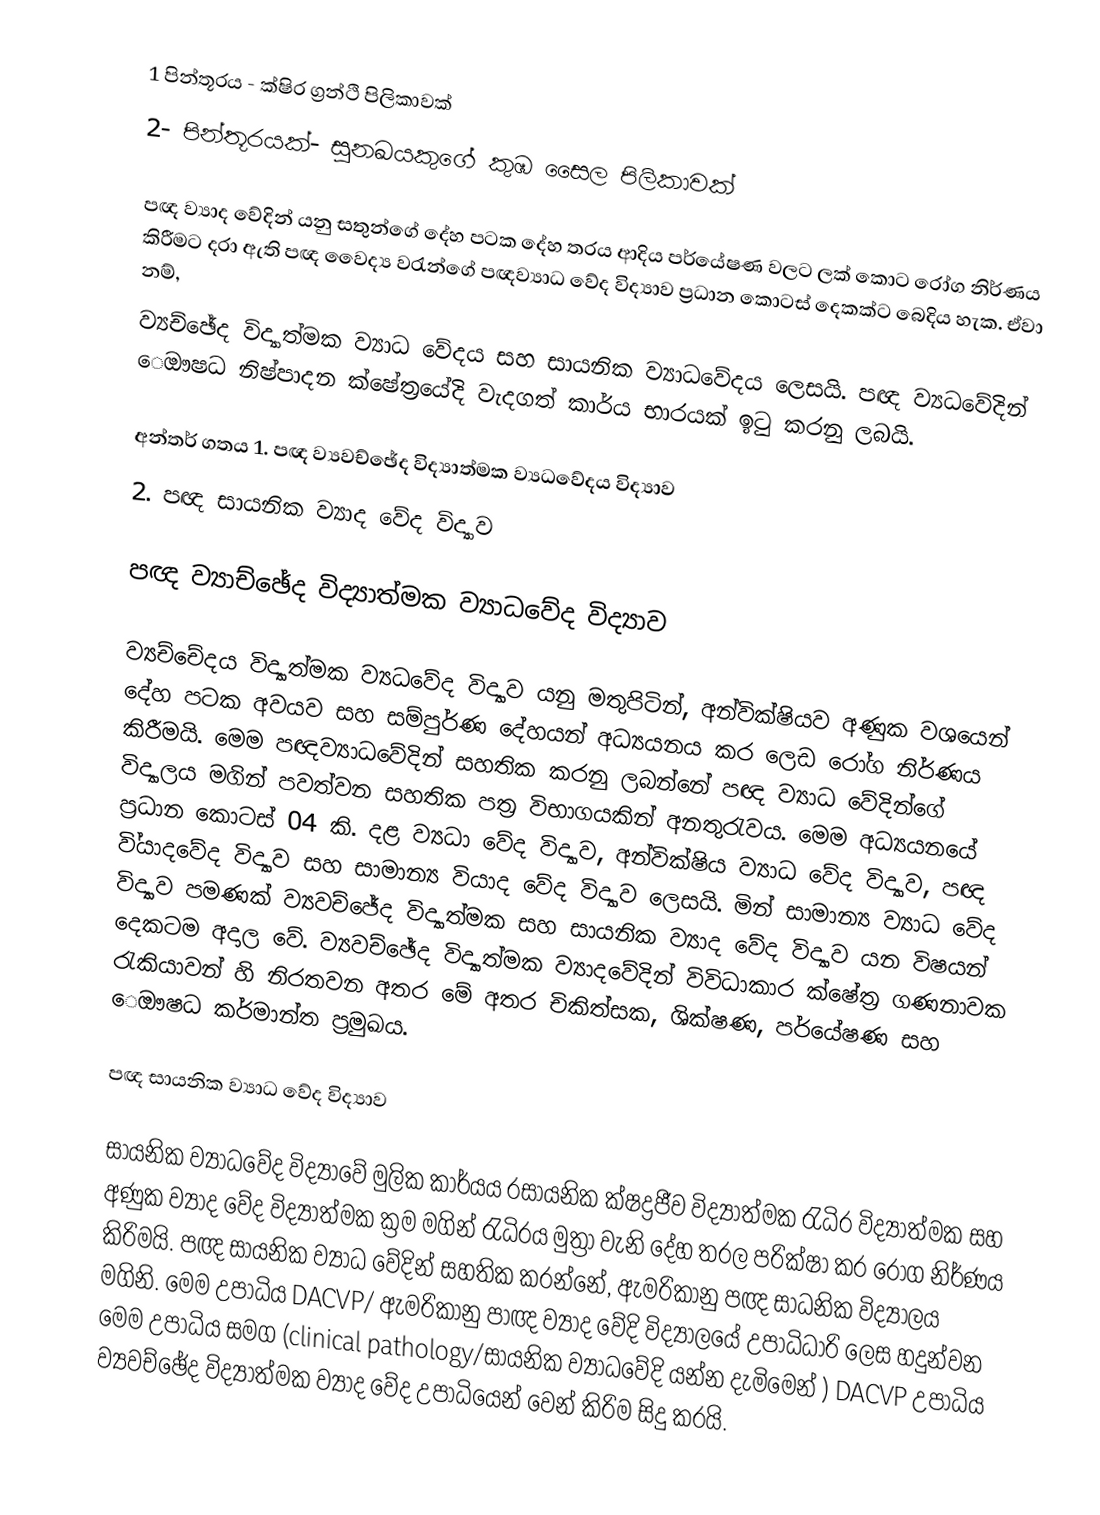
1 පින්තූරය - ක්ෂිර ග්‍රන්ථි පිලිකාවක්
2- පින්තූරයක්- සුනඛයකුගේ කුඹ සෛල පිලිකාවක්

පඥ ව්‍යාද වේදින් යනු සතුන්ගේ දේහ පටක දේහ තරය ආදිය පර්යේෂණ වල‍ට ලක් කොට රෝග නිර්ණය කිරීමට දරා ඇති පඥ  වෛද්‍ය වරැන්ගේ පඥව්‍යාධ වේද විද්‍යාව ප්‍රධාන කොටස් දෙකක්ට බෙදිය හැක. ඒවා නම්,
ව්‍යච්ඡේද විද්‍යාත්මක ව්‍යාධ වේදය සහ සායනික ව්‍යාධවේදය ලෙසයි. පඥ ව්‍යධවේදින් ‍ෙඖෂධ නිෂ්පාදන ක්ෂේත්‍රයේදි වැදගත් කාර්ය භාරයක් ඉටු කරනු ලබයි.

අන්තර් ගතය	1.	පඥ ව්‍යවච්ඡේද විද්‍යාත්මක ‍ව්‍යධවේදය විද්‍යාව
2.	පඥ සායනික ව්‍යාද වේද විද්‍යාව

පඥ ව්‍යාච්ඡේද විද්‍යාත්මක ව්‍යාධවේද විද්‍යාව

ව්‍යච්චේදය විද්‍යාත්මක ව්‍යධවේද  විද්‍යාව යනු මතුපිටින්, අන්වික්ෂියව අණුක  වශයෙන් දේහ පටක අවයව සහ සම්පුර්ණ දේහයන් අධ්‍යයනය කර ලෙඩ රෝග නිර්ණය කිරීමයි. මෙම පඥව්‍යාධවේදින් සහතික කරනු ලබන්නේ පඥ ව්‍යාධ වේදින්ගේ විද්‍යාලය මගින් පවත්වන සහතික පත්‍ර විභාගයකින් අනතුරැවය. මෙම අධ්‍යයනයේ ප්‍රධාන කොටස් 04 කි. දළ ව්‍යධා වේද විද්‍යාව, අන්වික්ෂිය ව්‍යාධ වේද විද්‍යාව, පඥ වි්‍යාදවේද විද්‍යාව සහ සාමාන්‍ය වියාද වේද විද්‍යාව ලෙසයි. මින් සාමාන්‍ය ව්‍යාධ වේද විද්‍යාව පමණක් ව්‍යවච්‍ජේද විද්‍යාත්මක සහ සායනික ව්‍යාද වේද විද්‍යාව යන විෂයන් දෙකටම ‍අදාල වේ.  ව්‍යවච්ඡේද විද්‍යාත්මක ව්‍යාදවේදින් විවිධාකාර ක්ෂේත්‍ර ගණනාවක රැකියාවන් හි නිරතවන අතර මේ අතර චිකිත්සක, ශික්ෂණ, පර්යේෂණ සහ ‍ෙඖෂධ කර්මාන්ත ප්‍රමුඛය.

පඥ සායනික ව්‍යාධ වේද විද්‍යාව

සායනික ව්‍යාධවේද විද්‍යාවේ මුලික කාර්යය රසායනික ක්ෂද්‍රජීව විද්‍යාත්මක රැධිර විද්‍යාත්මක සහ අණුක ව්‍යාද වේද විද්‍යාත්මක ක්‍රම මගින් රැධිරය මුත්‍රා වැනි දේහ තරල පරික්ෂා කර රෝග නිර්ණය කිරිමයි. පඥ සායනික ව්‍යාධ වේදින් සහතික කරන්නේ, ඇමරිකානු පඥ සාධනික විද්‍යාලය මගිනි. මෙම උපාධිය DACVP/ ඇමරිකානු පාඥ ව්‍යාද වේදි විද්‍යාලයේ උපාධිධාරි ලෙස හදුන්වන මෙම උපාධිය සමග (clinical pathology/සායනික ව්‍යාධවේදි යන්න දැමිමෙන් ) DACVP උපාධිය ව්‍යවච්ඡේද විද්‍යාත්මක ව්‍යාද වේද උපාධියෙන් වෙන් කිරිම සිදු කරයි.